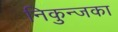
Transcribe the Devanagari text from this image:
निकुन्जका